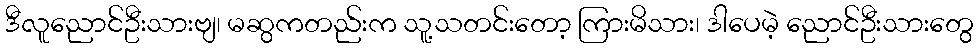
ဒီလူညောင်ဦးသားဗျ၊ မဆွကတည်းက သူ့သတင်းတော့ ကြားမိသား၊ ဒါပေမဲ့ ညောင်ဦးသားတွေ